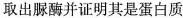
取出脲酶并证明其是蛋白质